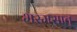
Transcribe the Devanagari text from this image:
भस्मसात्